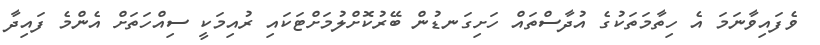
ވެފައިވާނަމަ އެ ހިތާމަތަކުގެ އުދާސްތައް ހަށިގަނޑުން ބޭރުކޮށްލުމަށްޓަކައި ރުއިމަކީ ސިއްހަތަށް އެންމެ ފައިދާ